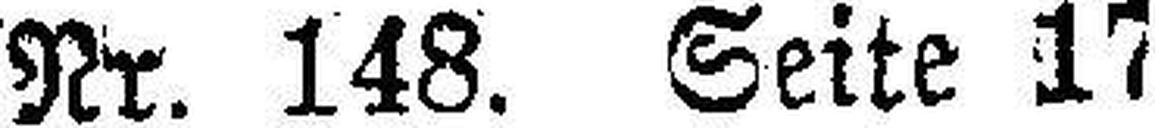
Nr. 148. Seite 17